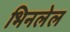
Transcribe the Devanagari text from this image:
भिनलेल